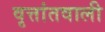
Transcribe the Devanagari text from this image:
वृत्तांतवाली